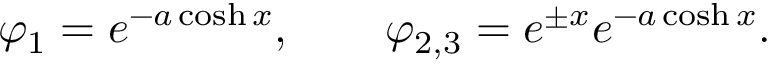
\varphi _ { 1 } = e ^ { - a \cosh x } , \qquad \varphi _ { 2 , 3 } = e ^ { \pm x } e ^ { - a \cosh x } .